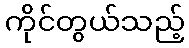
ကိုင်တွယ်သည့်